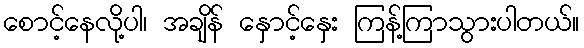
စောင့်နေလို့ပါ၊ အချိန် နှောင့်နှေး ကြန့်ကြာသွားပါတယ်။